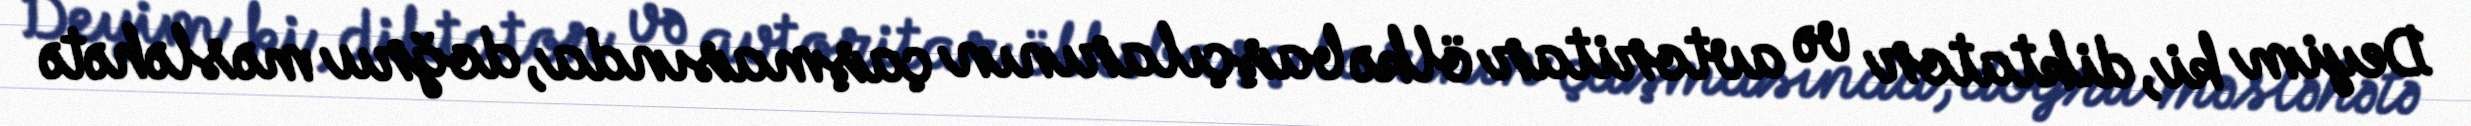
Deyim ki, diktator və avtoritar ölkə başçılarının çaşmasında, doğru məsləhətə